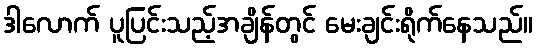
ဒါလောက် ပူပြင်းသည့်အချိန်တွင် မေးချင်းရိုက်နေသည်။